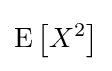
\operatorname {E} \left[X^{2}\right]